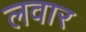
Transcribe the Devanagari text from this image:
लवार